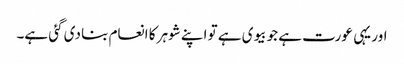
اور یہی عورت ہے جو بیوی ہے تو اپنے شوہر کا انعام بنا دی گئی ہے۔